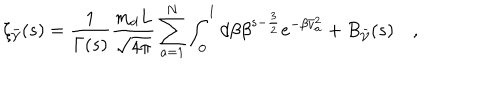
LaTeX: \zeta _ { \bar { \cal V } } ( s ) = \frac { 1 } { \Gamma ( s ) } \frac { m _ { d } L } { \sqrt { 4 \pi } } \sum _ { a = 1 } ^ { N } \int _ { 0 } ^ { 1 } d \beta \beta ^ { s - \frac { 3 } { 2 } } e ^ { - \beta \bar { v } _ { a } ^ { 2 } } + B _ { \bar { \cal V } } ( s ) \quad ,